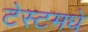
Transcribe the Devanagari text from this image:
टेस्टमधे